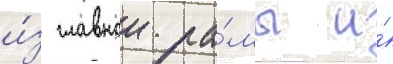
и́з главнои ра́мы и́